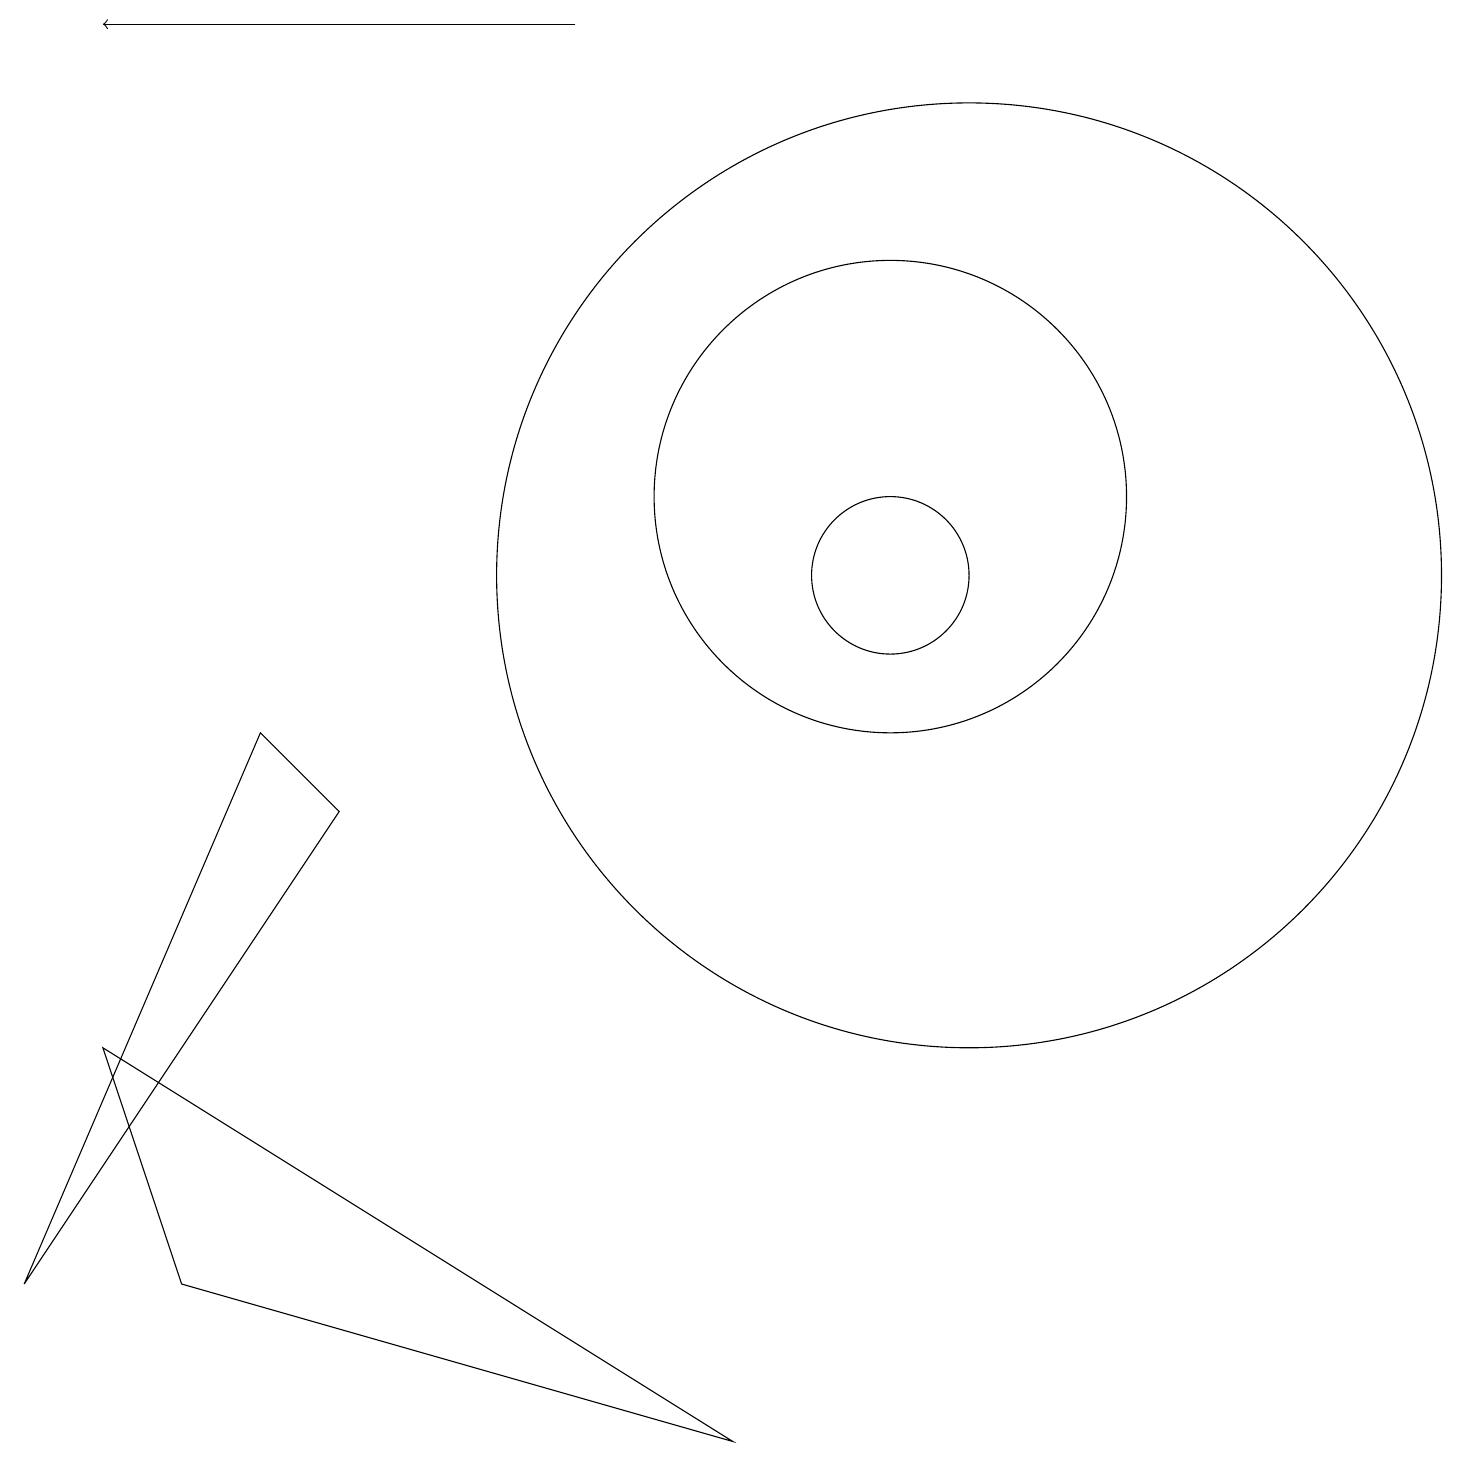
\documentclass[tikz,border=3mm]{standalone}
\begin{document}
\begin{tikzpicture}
\draw (2,2) -- (9,0) -- (1,5) -- cycle;
\draw (12,11) circle (6);
\draw (11,12) circle (3);
\draw (4,8) -- (3,9) -- (0,2) -- cycle;
\draw[->] (7,18) -- (1,18);
\draw (11,11) circle (1);
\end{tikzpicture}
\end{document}